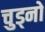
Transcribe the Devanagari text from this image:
चुड्नो